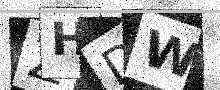
Text: ZHDW